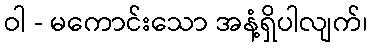
ဝါ - မကောင်းသော အနံ့ရှိပါလျက်၊